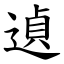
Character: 遉